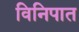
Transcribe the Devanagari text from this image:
विनिपात